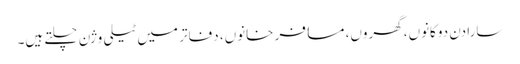
سارا دن دوکانوں، گھروں، مسافر خانوں، دفاتر میں ٹیلی وژن چلتے ہیں۔